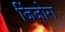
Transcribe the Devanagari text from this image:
जिंजोरा